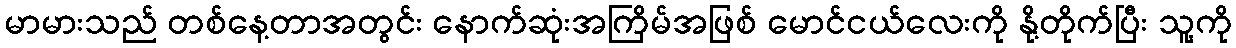
မာမားသည် တစ်နေ့တာအတွင်း နောက်ဆုံးအကြိမ်အဖြစ် မောင်ငယ်လေးကို နို့တိုက်ပြီး သူ့ကို